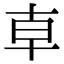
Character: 𠦝